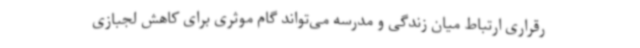
رقراری ارتباط میان زندگی و مدرسه می‌تواند گام موثری برای کاهش لجبازی